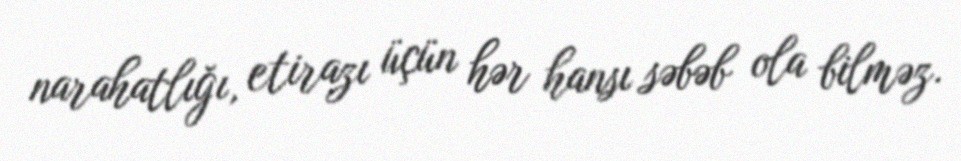
narahatlığı, etirazı üçün hər hansı səbəb ola bilməz.